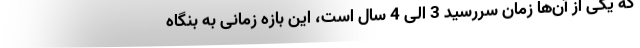
که یکی از آن‌ها زمان سررسید 3 الی 4 سال است، این بازه زمانی به بنگاه